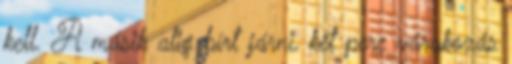
kell. A másik alig bírt járni, két perc várakozás